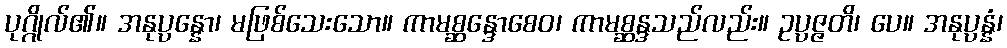
ပုဂ္ဂိုလ်၏။ အနုပ္ပန္နော၊ မဖြစ်သေးသော။ ကာမစ္ဆန္ဒောစေဝ၊ ကာမစ္ဆန္ဒသည်လည်း။ ဥပ္ပဇ္ဇတိ၊ ပေ။ အနုပ္ပန္နံ၊